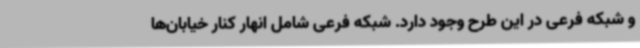
و شبکه فرعی در این طرح وجود دارد. شبکه فرعی شامل انهار کنار خیابان‌ها